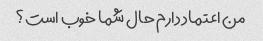
من اعتماد دارم حال شما خوب است؟